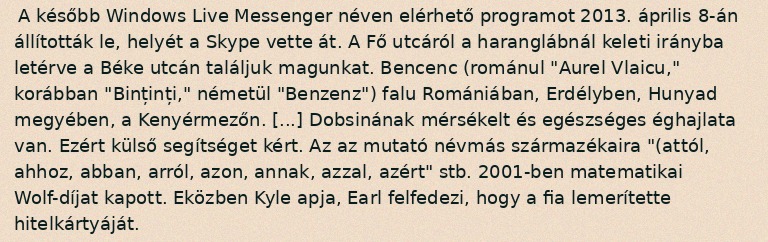
A később Windows Live Messenger néven elérhető programot 2013. április 8-án állították le, helyét a Skype vette át. A Fő utcáról a haranglábnál keleti irányba letérve a Béke utcán találjuk magunkat. Bencenc (románul "Aurel Vlaicu," korábban "Binținți," németül "Benzenz") falu Romániában, Erdélyben, Hunyad megyében, a Kenyérmezőn. [...] Dobsinának mérsékelt és egészséges éghajlata van. Ezért külső segítséget kért. Az az mutató névmás származékaira "(attól, ahhoz, abban, arról, azon, annak, azzal, azért" stb. 2001-ben matematikai Wolf-díjat kapott. Eközben Kyle apja, Earl felfedezi, hogy a fia lemerítette hitelkártyáját.